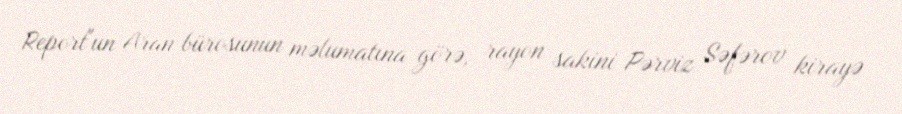
Report"un Aran bürosunun məlumatına görə, rayon sakini Pərviz Səfərov kirayə